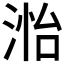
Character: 𮳊